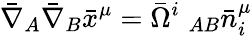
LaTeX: \bar{\nabla}_{A}\bar{\nabla}_{B}\bar{x}^{\mu}=\bar{\Omega}^{i}\; _{AB}\bar{n}_{i}^{\mu}